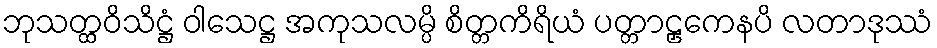
ဘုသတ္ထဝိသိဋ္ဌံ ဝါသေဋ္ဌ အကုသလမ္ပိ စိတ္တကိရိယံ ပတ္တာဠှကေနပိ လတာဒုဿံ